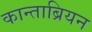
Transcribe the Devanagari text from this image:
कान्ताब्रियन